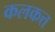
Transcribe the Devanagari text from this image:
कलकत्त